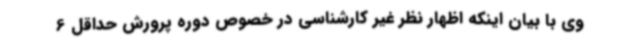
وی با بیان اینکه اظهار نظر غیر کارشناسی در خصوص دوره پرورش حداقل 6